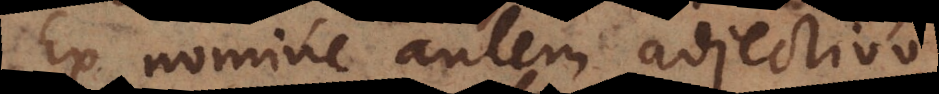
Ex nomine autem adjectivo